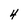
Character: 4